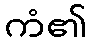
ကံ၏